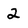
Character: 2